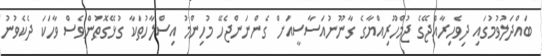
ބައްދަލުވުމުގައި ދިވެހިރާއްޖޭގެ ޖުމްހޫރިއްޔާގެ ގާނޫނުއަސާސީއަށް ގެންނަންޖެހޭ މުހިންމު އިސްލާހުތަކާ ގުޅޭގޮތުންވެސް ވާހަކަ ދެކެވުނު